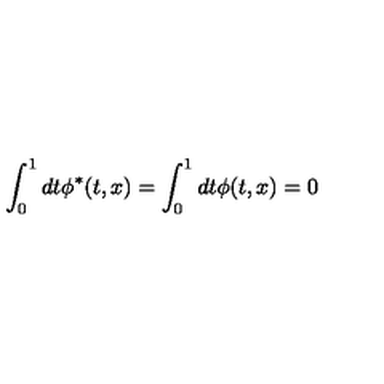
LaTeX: \int _ { 0 } ^ { 1 } d t \phi ^ { * } ( t , x ) = \int _ { 0 } ^ { 1 } d t \phi ( t , x ) = 0